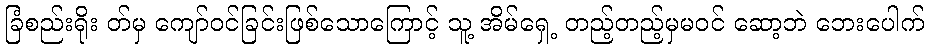
ခြံစည်းရိုး တ်မှ ကျော်ဝင်ခြင်းဖြစ်သောကြောင့် သူ့ အိမ်ရှေ့ တည့်တည့်မှမဝင် ဆော့ဘဲ ဘေးပေါက်